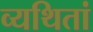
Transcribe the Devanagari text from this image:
व्यथितां